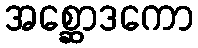
အစ္ဆောဒကော